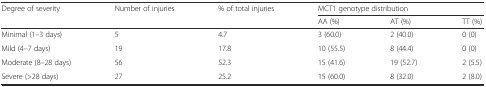
<table><thead><tr><td><b>Degree of severity</b></td><td><b>Number of injuries</b></td><td><b>% of total injuries</b></td><td colspan="3"><b>MCT1 genotype distribution</b></td></tr><tr><td></td><td></td><td></td><td><b>AA (%)</b></td><td><b>AT (%)</b></td><td><b>TT (%)</b></td></tr></thead><tbody><tr><td>Minimal (1–3 days)</td><td>5</td><td>4.7</td><td>3 (60.0)</td><td>2 (40.0)</td><td>0 (0)</td></tr><tr><td>Mild (4–7 days)</td><td>19</td><td>17.8</td><td>10 (55.5)</td><td>8 (44.4)</td><td>0 (0)</td></tr><tr><td>Moderate (8–28 days)</td><td>56</td><td>52.3</td><td>15 (41.6)</td><td>19 (52.7)</td><td>2 (5.5)</td></tr><tr><td>Severe (&gt;28 days)</td><td>27</td><td>25.2</td><td>15 (60.0)</td><td>8 (32.0)</td><td>2 (8.0)</td></tr></tbody></table>